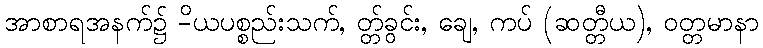
အာစာရအနက်၌ -ိယပစ္စည်းသက်, တ္တ်ခွင်း, ချေ, ကပ် (ဆတ္တီယ), ဝတ္တမာနာ